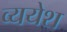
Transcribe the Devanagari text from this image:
व्ययेश